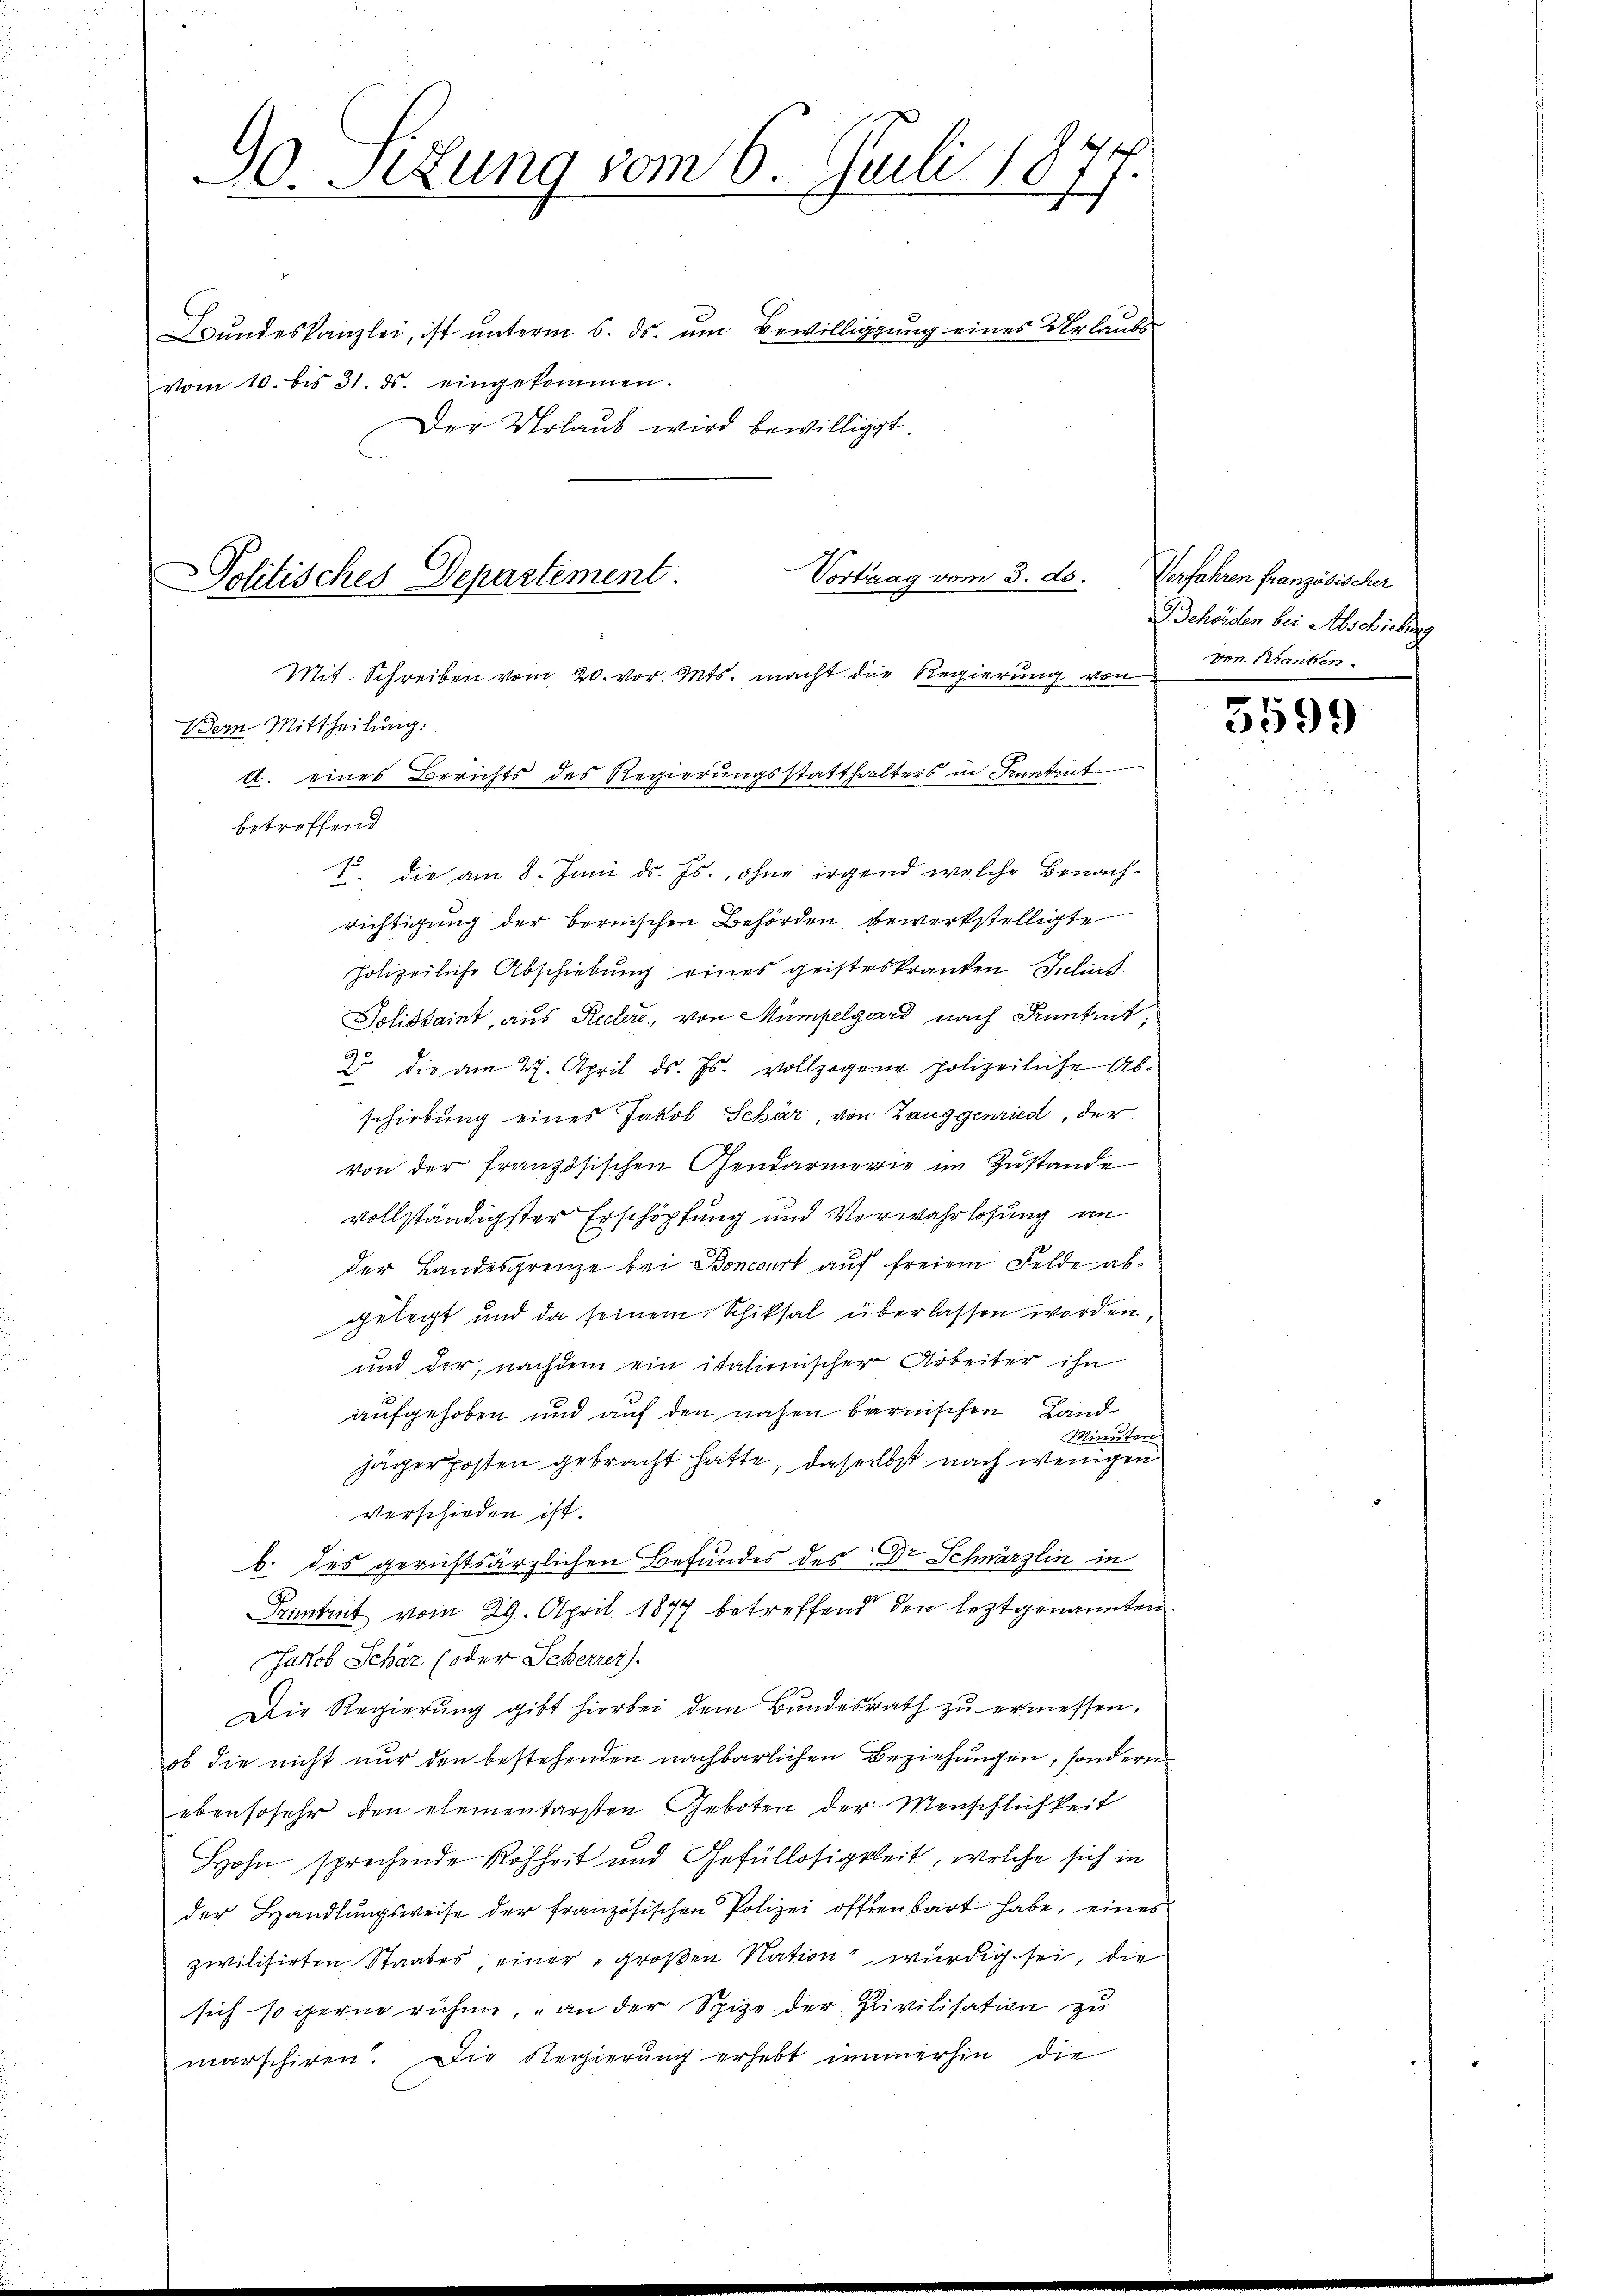
90. Sitzung vom 6. Juli 1877.
Bŭndeskanzlei, ist unterm 6. ds. um Bewilligung eines Urlaubs
vom 10. bis 31. ds. eingekommen.

Der Urlaub wird bewilligt.

Vortrag vom 3. ds.
olitisches Departement.

Mit. Schreiben vom 20. vor. Mts. macht die Regierung von
dern Mittheilung:
betreffend
1. die am 8. Juni d. Js., ohne irgend welche Benach-
richtigung der bernischen Behörden bewerkstelligte
polizeiliche Abschiebung eines geisteskranken Inlint
Tolissaint, aus Recler, von Mumpelgard nach Kuntrut,
2 die am 27. April d. Js. vollzogene polizeiliche Abschiebung eines Jakob Schär von Zanggenried, der
von der französischen Gendarmerie im Zustande
vollständigster Erschöpfung und Verwahrlosung an
der Landesgrenze bei Boncourt auf freiem Felde abgelegt und da seinem Schiksal überlassen worden,
und der, nachdem ein italienischer Arbeiter ihn
aufgehoben und auf den nahen bernischen Land¬
Minuten
jagerposten gebracht hatte, daselbst nach wenigen
verschieden ist.
b. des gerichtsärzlichen Befundes des Dr Schwärzlin in
Prentent vom 29. April 1877 betreffend den leztgenannten
Jakob Schar (oder Scherrei
Die Regierung gibt hierbei dem Bundesrath zu ermessen,
ob die nicht nur den bestehenden nachbarlichen Beziehungen, sondern
ebensosehr den elementarsten Geboten der Menschlichkeit
Hohn sprechende Rohheit und Gefüllosigkeit, welche sich in
der Handlungsweise der französischen Polizei offenbart habe, eines
zwilisirten Staates, einer großen Nation würdig sei, die
sich so gerne rühme, an der Spize der Civilisation zu
marschiren. Die Regierung erhebt immerhin die

d. eines Berichts des Regierungsstatthalters in Pruntrut

Verfahren französischer
Behörden bei Abschiebung
von Kranken.

5599